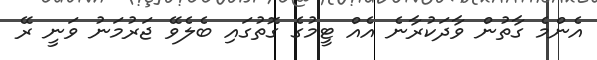
އެންމެ ގާތުން ވާދަކުރާނެ އެއް ޓީމުގެ ގޮތުގައި ބެލެވޭ ޖަރުމަނު ވަނީ ރޭ